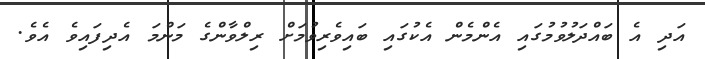
އަދި އެ ބައްދަލުވުމުގައި އެންމެން އެކުގައި ބައިވެރިވުމަށް ރިލްވާންގެ މަންމަ އެދިފައިވެ އެވެ.